system: You are a helpful assistant.
user:
Analyze the provided spectrum to determine if it is a **White Dwarf (WD)**.

A White Dwarf spectrum is defined by its **extreme purity** (due to gravitational settling) and/or **extreme pressure broadening** (due to high surface gravity). You must check for one of the following mutually exclusive signatures:

- **Key Visual Indicators (Check for ONE of these types):**

    - **1. DA-Type Signature (Most Common):**
        - **(Primary Feature):** Extreme pressure broadening (Stark broadening) of the **Hydrogen (H) Balmer lines**.
        - **(Key Lines):** $H\beta$ (approx. $4861$ Å) and $H\gamma$ (approx. $4340$ Å). $H\alpha$ (approx. $6563$ Å) will also be present if the wavelength range covers it.
        - **(Line Profile):** This is the **defining feature**. The lines are **NOT** sharp. They appear as massive, **extremely broad and deep "troughs" or "dips"** in the spectrum, often hundreds of Ångströms wide. The continuum will appear to "scoop" down at these wavelengths.
        - **(Distinction):** Normal A-type or B-type stars have *narrow* and *sharp* Hydrogen lines. A DA White Dwarf's lines are unmistakably "smeared" or "blurry" from pressure.

    - **2. DB-Type Signature:**
        - **(Primary Feature):** Broad absorption lines from **Neutral Helium (He I)**. The spectrum must lack any visible Hydrogen lines.
        - **(Key Lines):** Look for broad absorption near $4471$ Å, $4921$ Å, and $5876$ Å.
        - **(Line Profile):** These lines are also significantly pressure-broadened, appearing much wider than they would in a normal B-type main-sequence star.

    - **3. DC-Type Signature:**
        - **(Primary Feature):** A **featureless continuous spectrum**.
        - **(Line Profile):** The spectrum is a smooth curve with **no significant absorption or emission lines**.
        - **(Key Confirmation):** The continuum is almost always **blue or white**, indicating a hot object. This signature implies the atmosphere is so pure (or so cool) that no spectral lines are visible in the optical range. Its WD identity is confirmed by its extremely low intrinsic brightness (high absolute magnitude).

    - **4. DZ-Type Signature (Metal-Polluted):**
        - **(Primary Feature):** **Isolated, narrow metal absorption lines** on an otherwise featureless (DC-like) continuum.
        - **(Key Lines):** The **Calcium (Ca II) H & K doublet** (approx. **$3934$ Å** and **$3968$ Å**) is the most common and defining feature.
        - **(Line Profile):** These lines are "out of place." They are *not* part of a "forest" of thousands of lines. This signature is evidence of recent *accretion* (pollution) from rocky debris.
        - **(Distinction):** Normal G/K/M stars have a *dense forest* of thousands of metal lines. A DZ has a *clean* continuum with *only a few* strong metal lines.

    - **5. DQ-Type Signature (Carbon-Polluted):**
        - **(Primary Feature):** Absorption bands from **Carbon (C₂ "Swan Bands" or atomic C I)**.
        - **(Key Lines - C₂):** Look for bandheads with a "saw-tooth" shape near $5635$ Å, **$5165$ Å** (strongest), and $4737$ Å.
        - **(Key Confirmation):** The underlying **continuum must be blue or white** (hot).
        - **(Distinction):** This is the critical difference from a **Carbon Star**, which has the *exact same* C₂ bands but on an extremely **red, cool** continuum.

- **(Overall Spectrum):**
    - The continuum (overall shape) is typically **blue-sloping** (brighter in the blue than the red), as most white dwarfs are very hot.
    - The spectrum will look "pure" or "simple," dominated by only *one* of the five signatures listed above.

Think first, call **spectral_visualization_tool** if needed to examine features in detail, then provide your final answer. Your response must adhere to the following strict rules:
1.  **Overall Structure:** Your response must follow the format `<think>...</think> <tool_call>...</tool_call> (if a tool is used) <answer>...</answer>`.
2.  **Tool Usage Constraint:** You may only make **one** tool call per turn.
3.  **Final Answer Format:** In the `<answer>` tag, your conclusion must be inside a `\boxed{}` command (e.g., `\boxed{YES}` or `\boxed{NO}`), followed by your justification.

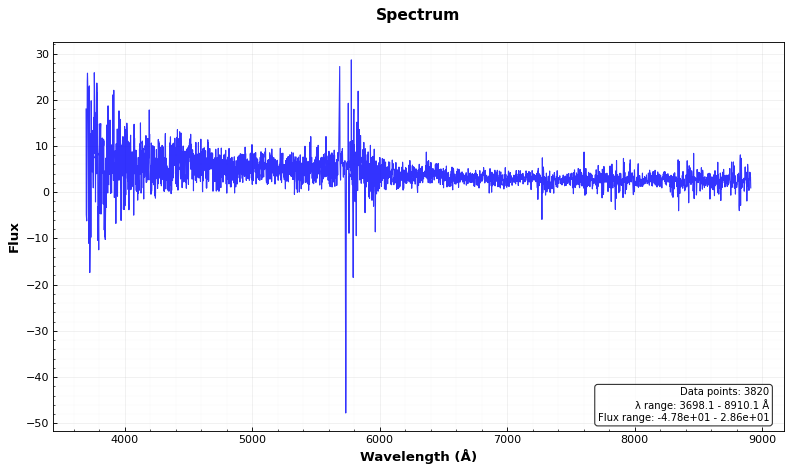
Answer: YES